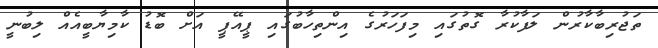
ތަޖުރިބާކާރުން ލަފާކުރާ ގޮތުގައި މިފަހަރުގެ އިންތިހާބުގައި ޕީއޭޕީ އަށް ބޮޑު ކާމިޔާބީއެއް ލިބުނީ